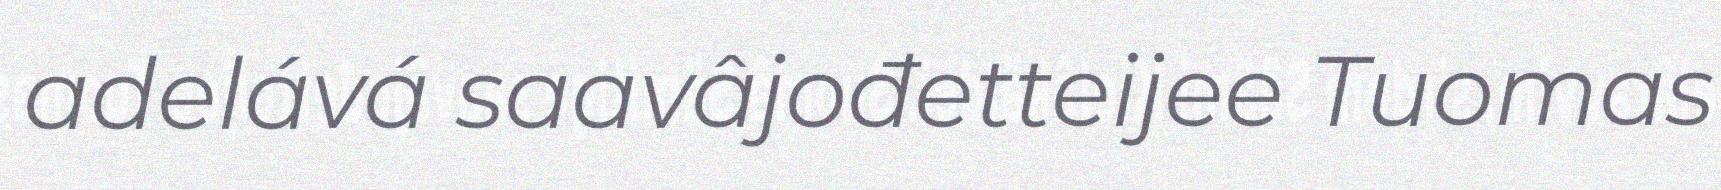
adelává saavâjođetteijee Tuomas